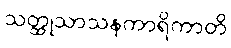
သတ္ထုသာသနကာရိကာတိ